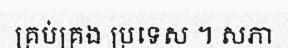
គ្រប់គ្រង ប្រទេស ។ សភា